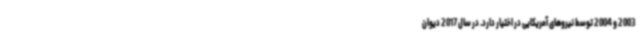
2003 و 2004 توسط نیروهای آمریکایی در اختیار دارد. در سال 2017 دیوان